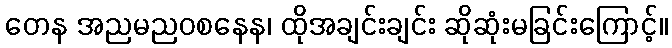
တေန အညမညဝစနေန၊ ထိုအချင်းချင်း ဆိုဆုံးမခြင်းကြောင့်။